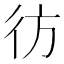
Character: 彷